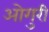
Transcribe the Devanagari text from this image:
ओगुरी